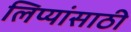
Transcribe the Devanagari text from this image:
लिप्यांसाठी